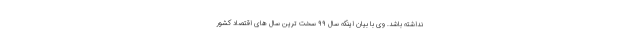
نداشته باشد. وی با بیان اینکه سال ۹۹ سخت ترین سال های اقتصاد کشور